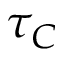
\tau _ { C }